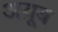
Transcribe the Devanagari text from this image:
अय़ूब